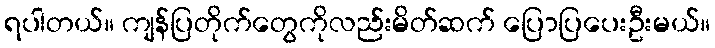
ရပါတယ်။ ကျန်ပြတိုက်တွေကိုလည်းမိတ်ဆက် ပြောပြပေးဦးမယ်။